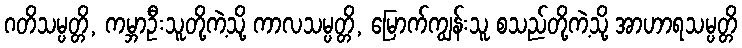
ဂတိသမ္ပတ္တိ, ကမ္ဘာဦးသူတို့ကဲ့သို့ ကာလသမ္ပတ္တိ, မြောက်ကျွန်းသူ စသည်တို့ကဲ့သို့ အာဟာရသမ္ပတ္တိ